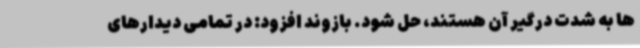
ها به شدت درگیر آن هستند، حل شود. بازوند افزود: در تمامی دیدارهای